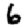
Digit: 6